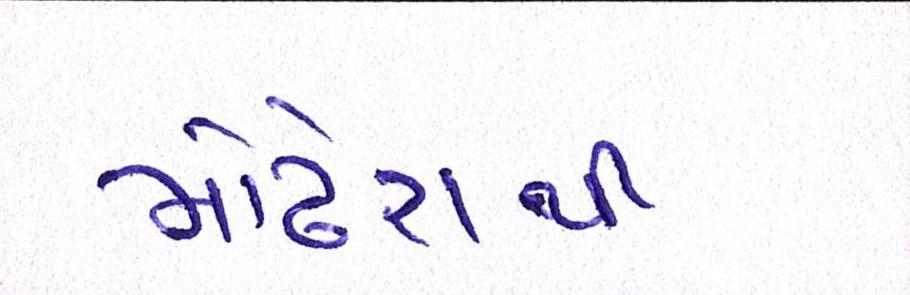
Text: મોઢેરાથી